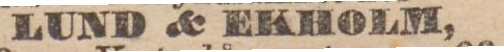
LUND & EKHOLM,